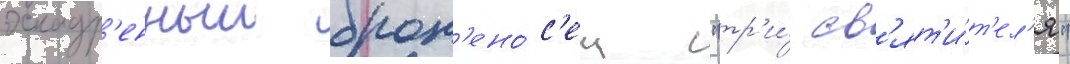
эскадр'енныи брон'ено́с'ец "тр'и́ св'ят'и́т'ел'я"